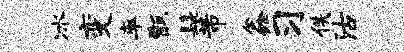
冰变率甑髭芾鑫习佚沽